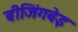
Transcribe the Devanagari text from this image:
बीजिंगबेइ